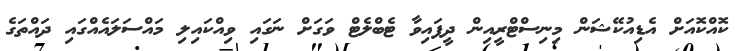
ކޮއްކޮއަށް އެޑިއުކޭޝަން މިނިސްޓްރީއިން ދީފައިވާ ޓެބްލެޓް ވަގަށް ނަގައި ވިއްކައިލި މައްސަލައެއްގައި ދައްތަގެ